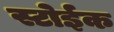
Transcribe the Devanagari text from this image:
स्टोईक